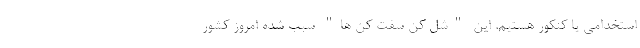
استخدامی یا کنکور هستیم. این "شل کن سفت کن ها" سبب شده امروز کشور